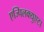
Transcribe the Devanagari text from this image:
एज्पिलक्युएटा